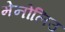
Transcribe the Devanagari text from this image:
मेनोलिउ